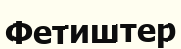
Фетиштер